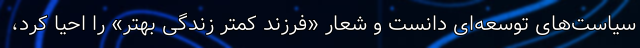
سیاست‌های توسعه‌ای دانست و شعار «فرزند کمتر زندگی بهتر» را احیا کرد،